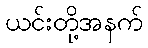
ယင်းတို့အနက်